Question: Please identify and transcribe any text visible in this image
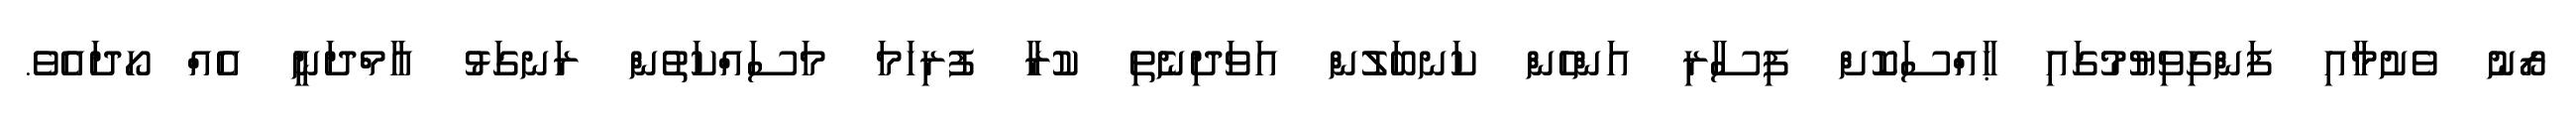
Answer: ރޯނު ވެށުމާއި ފަންގިވިޔުމުގައި ޙާއްސަކޮށް ފިސާރި އަންހެން ކަނބަލުން އަވަދިނެތި ކުރާ ފުރިހަމަ މަސައްކަތުން ރަނގަޅު އާމްދަނީ އެއް ހޯދައެވެ.